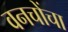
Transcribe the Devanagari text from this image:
वनचोंचा